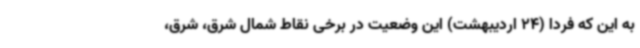
به این که فردا (24 اردیبهشت) این وضعیت در برخی نقاط شمال شرق، شرق،